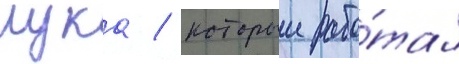
лука / которыи рабо́тал